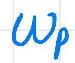
\(\omega_p\)